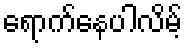
ရောက်နေပါလိမ့်